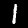
Label: 1